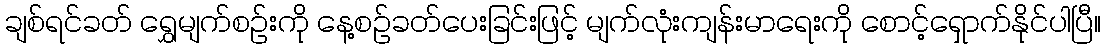
ချစ်ရင်ခတ် ရွှေမျက်စဉ်းကို နေ့စဉ်ခတ်ပေးခြင်းဖြင့် မျက်လုံးကျန်းမာရေးကို စောင့်ရှောက်နိုင်ပါပြီ။